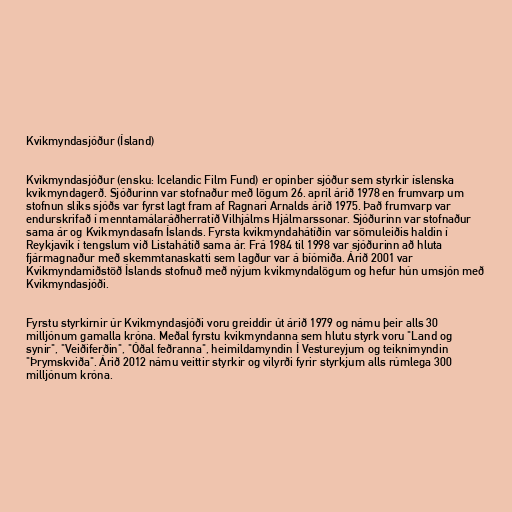
Kvikmyndasjóður (Ísland)

Kvikmyndasjóður (ensku: Icelandic Film Fund) er opinber sjóður sem styrkir íslenska
kvikmyndagerð. Sjóðurinn var stofnaður með lögum 26. apríl árið 1978 en frumvarp um
stofnun slíks sjóðs var fyrst lagt fram af Ragnari Arnalds árið 1975. Það frumvarp var
endurskrifað í menntamálaráðherratíð Vilhjálms Hjálmarssonar. Sjóðurinn var stofnaður
sama ár og Kvikmyndasafn Íslands. Fyrsta kvikmyndahátíðin var sömuleiðis haldin í
Reykjavík í tengslum við Listahátíð sama ár. Frá 1984 til 1998 var sjóðurinn að hluta
fjármagnaður með skemmtanaskatti sem lagður var á bíómiða. Árið 2001 var
Kvikmyndamiðstöð Íslands stofnuð með nýjum kvikmyndalögum og hefur hún umsjón með
Kvikmyndasjóði.

Fyrstu styrkirnir úr Kvikmyndasjóði voru greiddir út árið 1979 og námu þeir alls 30
milljónum gamalla króna. Meðal fyrstu kvikmyndanna sem hlutu styrk voru "Land og
synir", "Veiðiferðin", "Óðal feðranna", heimildamyndin Í Vestureyjum og teiknimyndin
"Þrymskviða". Árið 2012 námu veittir styrkir og vilyrði fyrir styrkjum alls rúmlega 300
milljónum króna.